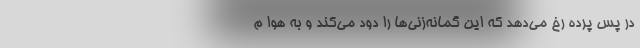
در پس پرده رخ می‌دهد که این گمانه‌زنی‌ها را دود می‌کند و به هوا م